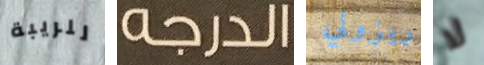
للريبة الدرجه ريزولي لا